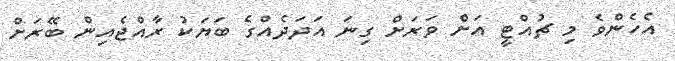
އެހެންވެ މި ޗުއްޓީ އަށް ވަރަށް ގިނަ އަދަދެއްގެ ބަޔަކު ރާއްޖެއިން ބޭރަށް